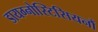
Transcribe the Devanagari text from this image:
डायग्नोस्टिसियनौं